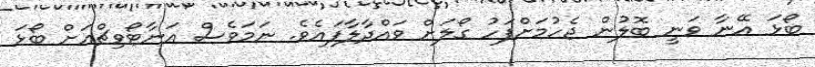
ބޯޅަ އޭނާ ވަނީ ބޮލުން ޖެހުމަށްފަހު ގޯލަށް ވައްދާލާފައެވެ. ނަމަވެސް އަނާޓޯވިޗްއަށް ބޯޅަ